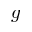
g